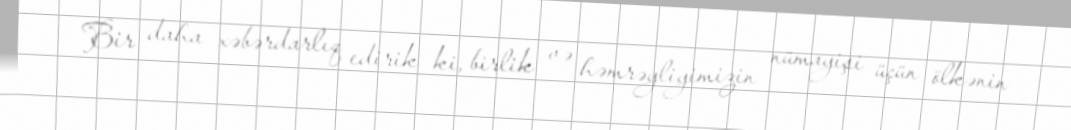
Bir daha xəbərdarlıq edirik ki, birlik və həmrəyliyimizin nümayişi üçün ölkənin